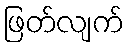
ဖြတ်လျက်